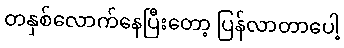
တနှစ်လောက်နေပြီးတော့ ပြန်လာတာပေါ့